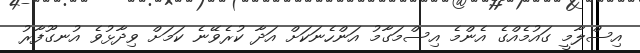
އިސްލާމީ ގައުމެއްގެ އެންމެ އިސްމަގާމު އަންހެނަކަށް އަދާ ކުރެވޭނެ ކަމަށް ވިދާޅުވެ އުނގޫފާރު